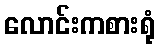
လောင်းကစားရုံ